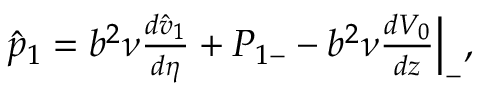
\begin{array} { r } { \hat { p } _ { 1 } = b ^ { 2 } \nu \frac { d \hat { v } _ { 1 } } { d \eta } + P _ { 1 - } - b ^ { 2 } \nu \frac { d V _ { 0 } } { d z } \Big | _ { - } , } \end{array}